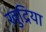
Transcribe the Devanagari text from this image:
खुद्रिया